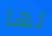
لها